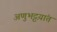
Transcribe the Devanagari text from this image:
अणुभट्टय़ांत